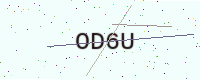
Text: OD6U